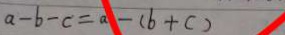
a - b - c = a - ( b + c )